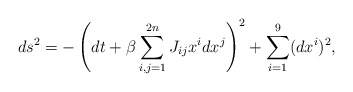
\begin{align*}ds^2 = - \left( dt + \beta \sum_{i,j=1}^{2n} J_{ij} x^i dx^j \right)^2+ \sum_{i=1}^9 (dx^i)^2,\end{align*}